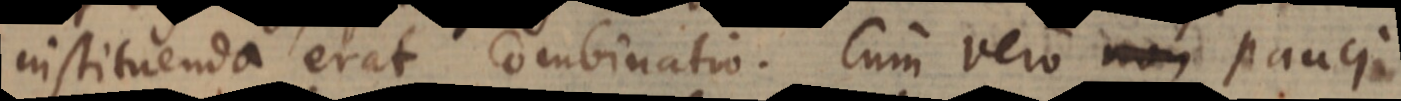
instituenda erat Combinatio. Cum vero non pauci